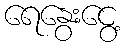
ရေနွေးငွေ့